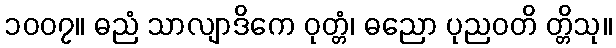
၁၀၀၇။ ဓညံ သာလျာဒိကေ ဝုတ္တံ၊ ဓညော ပုညဝတိ တ္တိသု။